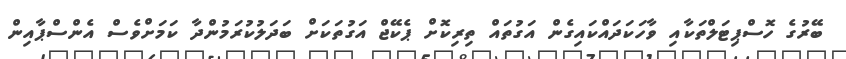
ބޭރުގެ ހޮސްޕިޓަލްތަކާއި ވާހަކަދައްކައިގެން އަގުތައް ތިރިކޮށް ޕެކޭޖް އަގުތަކަށް ބަދަލުކުރަމުންދާ ކަމަށްވެސް އެންސްޕާއިން